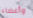
وأعضاء